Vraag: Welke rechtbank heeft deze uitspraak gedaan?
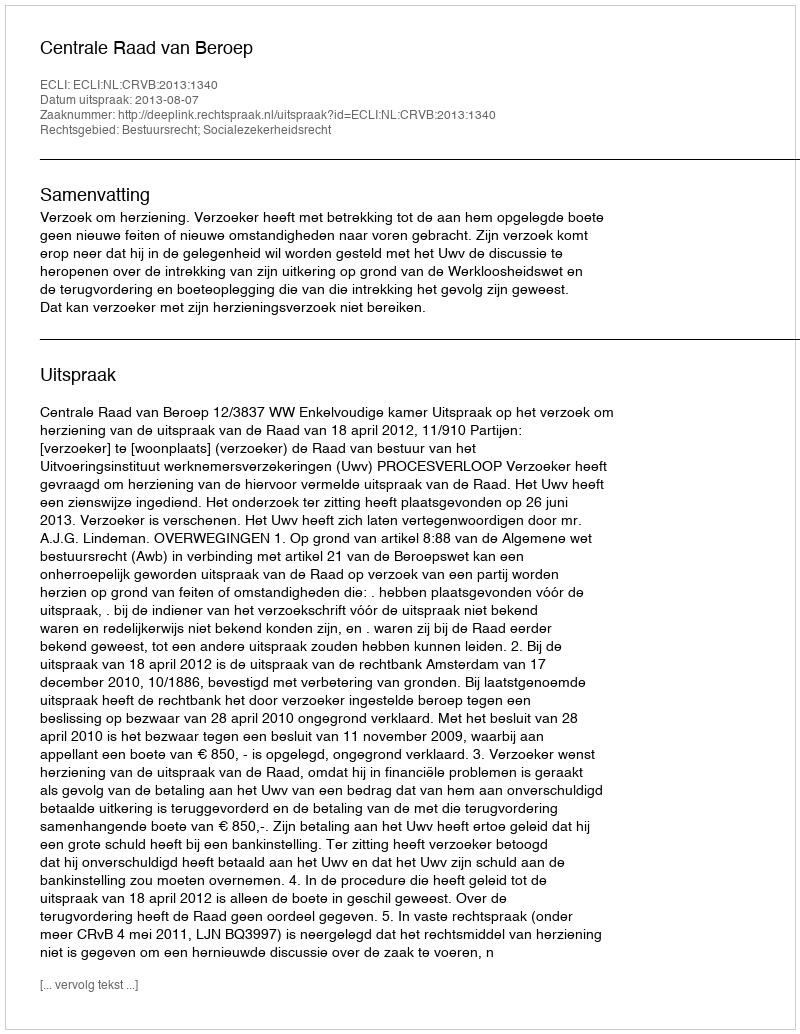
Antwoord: Centrale Raad van Beroep